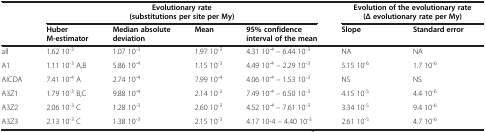
<table><thead><tr><td rowspan="2"><b> </b></td><td colspan="4"><b>Evolutionary rate (substitutions per site per My)</b></td><td colspan="2"><b>Evolution of the evolutionary rate (Δ evolutionary rate per My)</b></td></tr><tr><td><b>Huber M‒estimator</b></td><td><b>Median absolute deviation</b></td><td><b>Mean</b></td><td><b>95% confidence interval of the mean</b></td><td><b>Slope</b></td><td><b>Standard error</b></td></tr></thead><tbody><tr><td>all</td><td>1.62 10<sup>-3</sup></td><td>1.07 10<sup>-3</sup></td><td>1.97 10<sup>-3</sup></td><td>4.31 10<sup>-4</sup> – 6.44 10<sup>-3</sup></td><td>NA</td><td>NA</td></tr><tr><td>A1</td><td>1.11 10<sup>-3</sup> A,B</td><td>5.86 10<sup>-4</sup></td><td>1.15 10<sup>-3</sup></td><td>4.49 10<sup>-4</sup> – 2.29 10<sup>-3</sup></td><td>5.15 10<sup>-6</sup></td><td>1.7 10<sup>-6</sup></td></tr><tr><td>AICDA</td><td>7.41 10<sup>-4</sup> A</td><td>2.74 10<sup>-4</sup></td><td>7.99 10<sup>-4</sup></td><td>4.06 10<sup>-4</sup> – 1.53 10<sup>-3</sup></td><td>NS</td><td>NS</td></tr><tr><td>A3Z1</td><td>1.79 10<sup>-3</sup> B,C</td><td>9.88 10<sup>-4</sup></td><td>2.14 10<sup>-3</sup></td><td>7.49 10<sup>-4</sup> – 6.50 10<sup>-3</sup></td><td>4.15 10<sup>-5</sup></td><td>4.4 10<sup>-6</sup></td></tr><tr><td>A3Z2</td><td>2.06 10<sup>-3</sup> C</td><td>1.28 10<sup>-3</sup></td><td>2.60 10<sup>-3</sup></td><td>4.52 10<sup>-4</sup> – 7.61 10<sup>-3</sup></td><td>3.34 10<sup>-5</sup></td><td>9.4 10<sup>-6</sup></td></tr><tr><td>A3Z3</td><td>2.13 10<sup>-3</sup> C</td><td>1.38 10<sup>-3</sup></td><td>2.15 10<sup>-3</sup></td><td>4.17 10‒4 – 4.40 10<sup>-3</sup></td><td>2.61 10<sup>-5</sup></td><td>4.7 10<sup>-6</sup></td></tr></tbody></table>